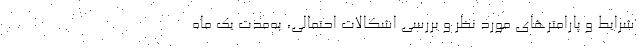
شرایط و پارامترهای مورد نظر و بررسی اشکالات احتمالی، به‌مدت یک ماه